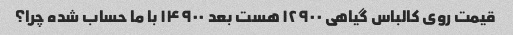
قیمت روی کالباس گیاهی ۱۲۹۰۰ هست بعد ۱۴۹۰۰ با ما حساب شده چرا؟